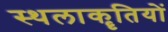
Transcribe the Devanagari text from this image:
स्थलाकॄतियों